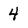
Character: 4